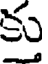
కు